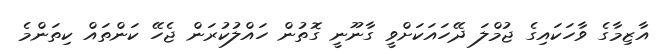
އާޒިމާގެ ވާހަކައިގެ ޖުމްލަ ދޭހައަކަށްވީ ގާނޫނީ ގޮތުން ހައްލުކުރަން ޖެހޭ ކަންތައް ކިތަންމެ